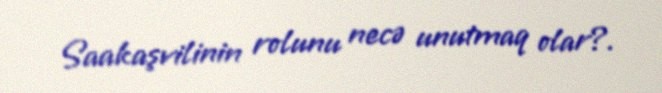
Saakaşvilinin rolunu necə unutmaq olar?.